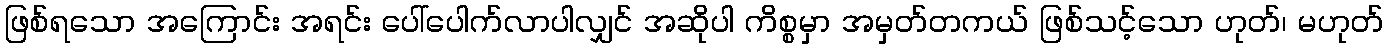
ဖြစ်ရသော အကြောင်း အရင်း ပေါ်ပေါက်လာပါလျှင် အဆိုပါ ကိစ္စမှာ အမှတ်တကယ် ဖြစ်သင့်သော ဟုတ်၊ မဟုတ်